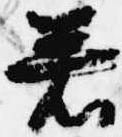
若